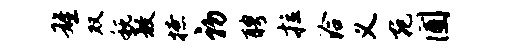
雄双税敖撩初聘拉洽义宛圃